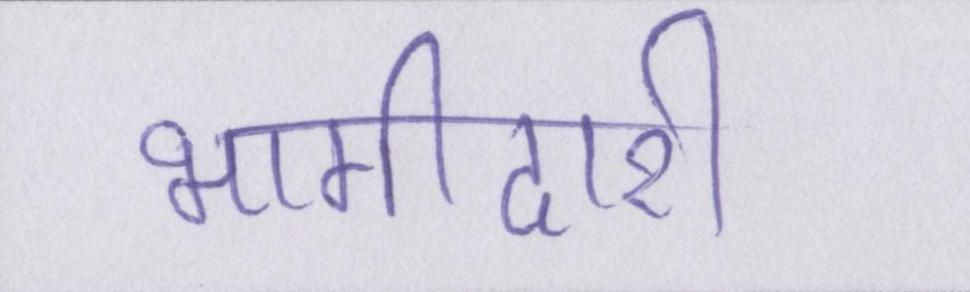
भागीदारी